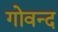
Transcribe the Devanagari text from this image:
गोवन्द